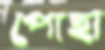
পোছা